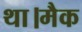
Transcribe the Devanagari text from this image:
था।मैक